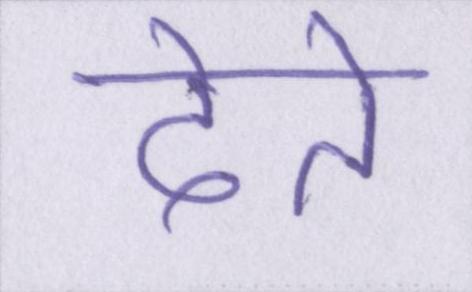
देते